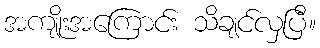
အကျိုးအကြောင်း သိချင်လှပြီ။